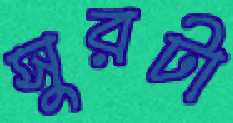
সুরটা